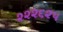
૨૨૨૬૨૫